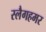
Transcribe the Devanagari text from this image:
स्लैगहमर